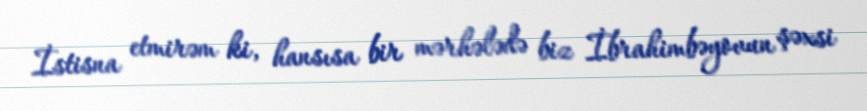
İstisna etmirəm ki, hansısa bir mərhələdə biz İbrahimbəyovun şəxsi